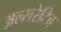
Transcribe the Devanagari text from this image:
अल्सरेटिव